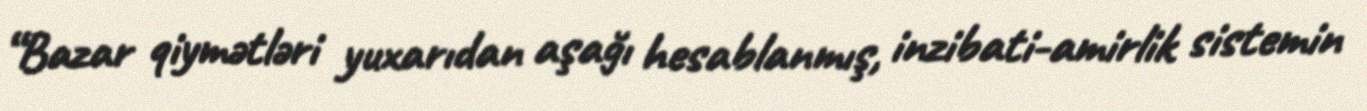
“Bazar qiymətləri yuxarıdan aşağı hesablanmış, inzibati-amirlik sistemin